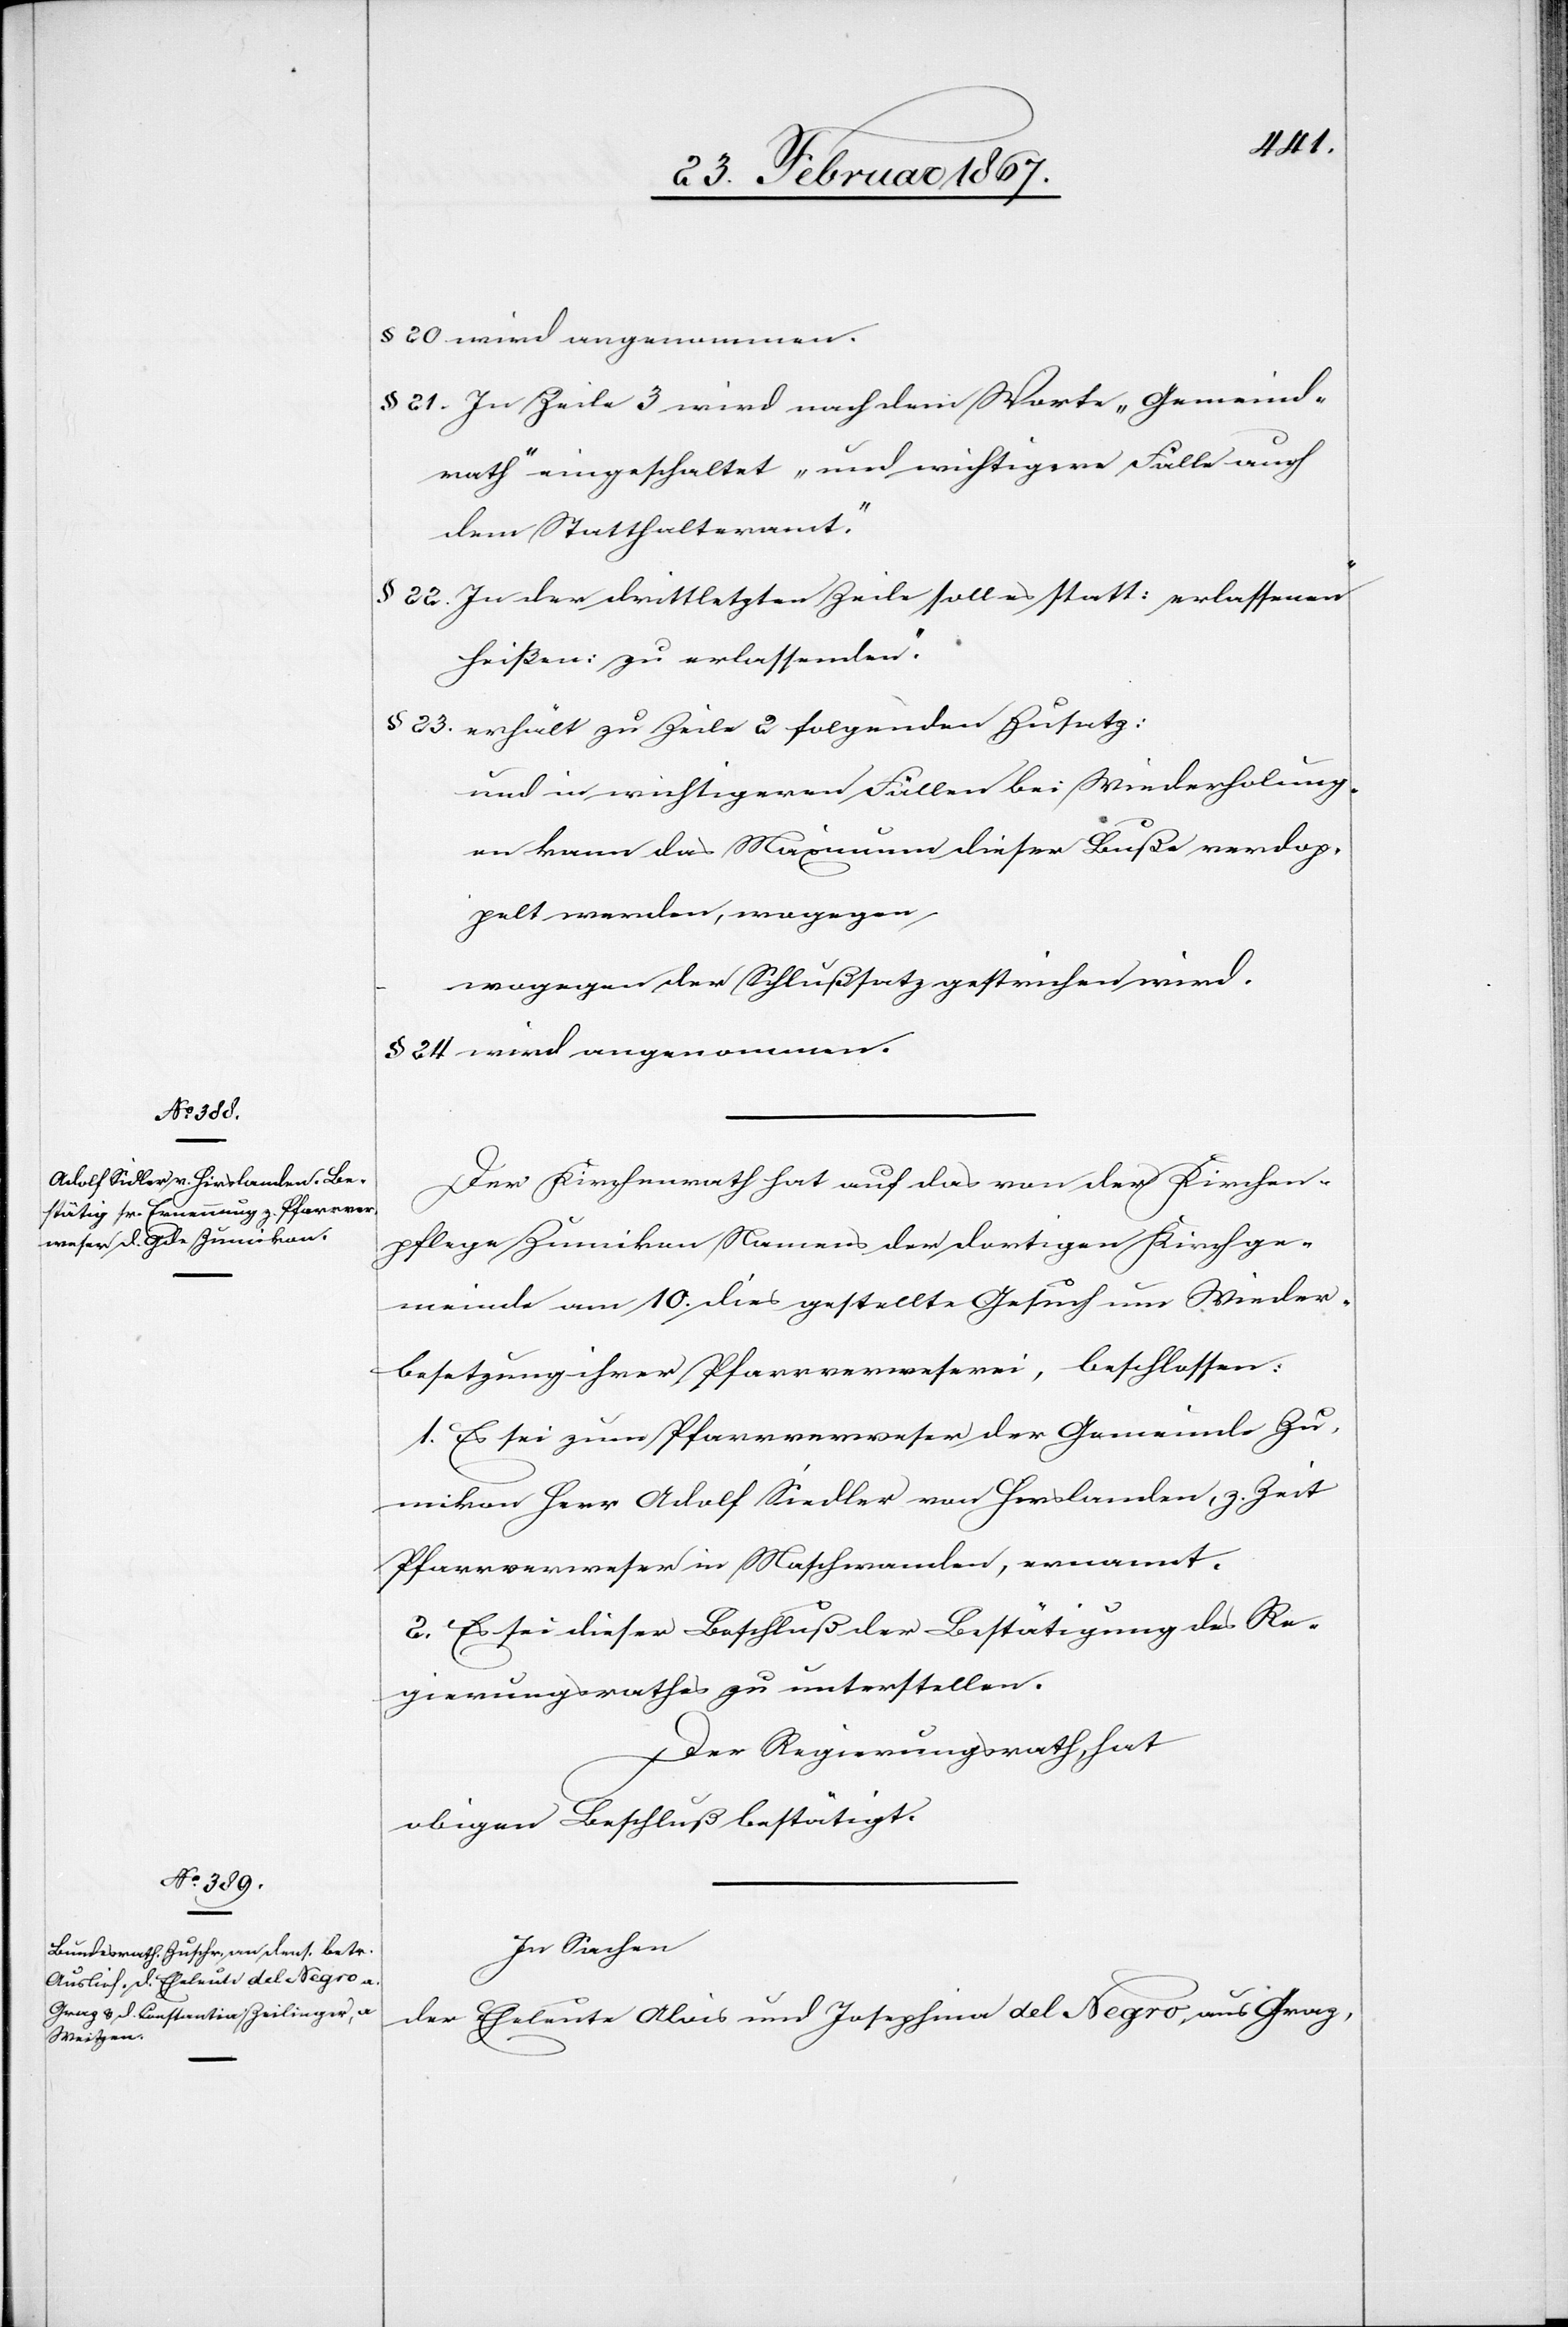
§ 20 wird angenommen.
§ 21 In Zeile 3 wird nach dem Worte „Gemeind¬
rath“ eingeschaltet „und wichtigere Fälle auch
dem Statthalteramt“.
§ 22 In der drittletzten Zeile soll es statt: [„]erlassenen“
heißen: [„]zu erlassenden“.
§ 23 erhält zu Zeile 2 folgenden Zusatz:
und in wichtigeren Fällen bei Wiederholung¬
en kann das Maximum dieser Buße verdop¬
pelt werden, wogegen,
wogegen [sic!] der Schlußsatz gestrichen wird.
§ 24 wird angenommen.
Der Kirchenrath hat auf das von der Kirchen¬
pflege Zumikon Namens der dortigen Kirchge¬
meinde am 10. dies gestellte Gesuch um Wieder¬
besetzung ihrer Pfarrverweserei, beschlossen:
1. Es sei zum Pfarrverweser der Gemeinde Zu¬
mikon Herr Adolf Siedler [sic!] von Hirslanden, z. Zeit
Pfarrverweser in Maschwanden, ernannt.
2. Es sei dieser Beschluß der Bestätigung des Re¬
gierungsrathes zu unterstellen.
Der Regierungsrath, hat
obigen Beschluß bestätigt.
In Sachen
der Eheleute Alois und Josephina del Negro, aus Graz,